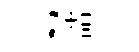
~詰